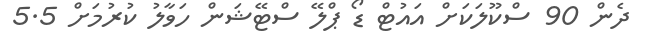
ދެން 90 ސްކޫލަކަށް އައުޓް ޑޯ ޕްލޭ ސްޓޭޝަން ހަވާލު ކުރުމަށް 5.5